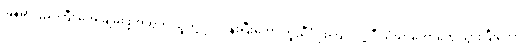
မြန်မာပြည်ကြီး အေးချမ်းဖို့အတွက် သူတို့ ဝိုင်းဝန်းပြီးတော့ ကူညီပံ့ပိုးကြပါလို့ ဒီ သံဃာတော်တွေ သွားပြီးတော့